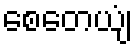
စေတေယျံ